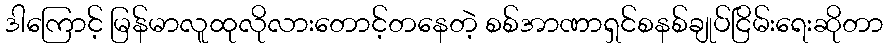
ဒါကြောင့် မြန်မာလူထုလိုလားတောင့်တနေတဲ့ စစ်အာဏာရှင်စနစ်ချုပ်ငြိမ်းရေးဆိုတာ